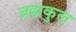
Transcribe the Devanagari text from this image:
ब्रह्मकुल